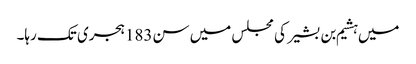
میں ہشیم بن بشیر کی مجلس میں سن183ہجری تک رہا۔